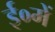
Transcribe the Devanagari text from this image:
ई०में